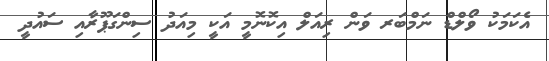
އެކަމަކު ވޯލްޑް ނަމްބަރ ވަން ރިއަލް އިކޮނޮމީ އަކީ މިއަދު ސިންގަޕޫރާއި ސައުދީ